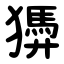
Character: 㺛